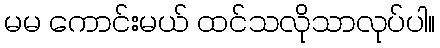
မမ ကောင်းမယ် ထင်သလိုသာလုပ်ပါ။